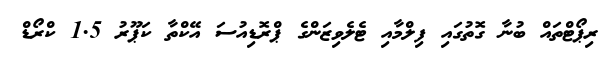
ރިޕޯޓްތައް ބުނާ ގޮތުގައި ފިލްމާއި ޓެލެވިޒަންގެ ޕްރޮޑިއުސަ އޭކްތާ ކަޕޫރު 1.5 ކްރޯޑް